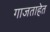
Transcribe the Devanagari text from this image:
गाजताहेत